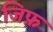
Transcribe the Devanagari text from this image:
जिफ़